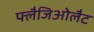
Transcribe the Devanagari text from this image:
फ्लैजिओलैट